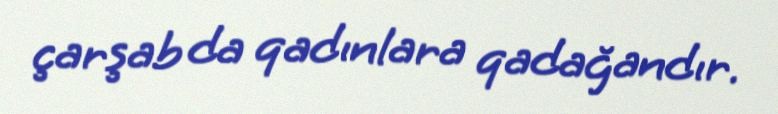
çarşab da qadınlara qadağandır.